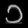
Digit: ၁